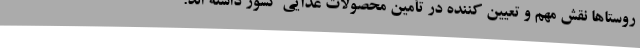
روستاها نقش مهم و تعیین کننده در تأمین محصولات غذایی کشور داشته اند.